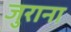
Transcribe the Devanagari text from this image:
जुराना